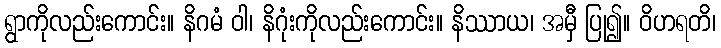
ရွာကိုလည်းကောင်း။ နိဂမံ ဝါ၊ နိဂုံးကိုလည်းကောင်း။ နိဿာယ၊ အမှီ ပြု၍။ ဝိဟရတိ၊